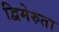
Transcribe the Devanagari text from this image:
द्विमेरुता